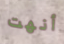
أنهت